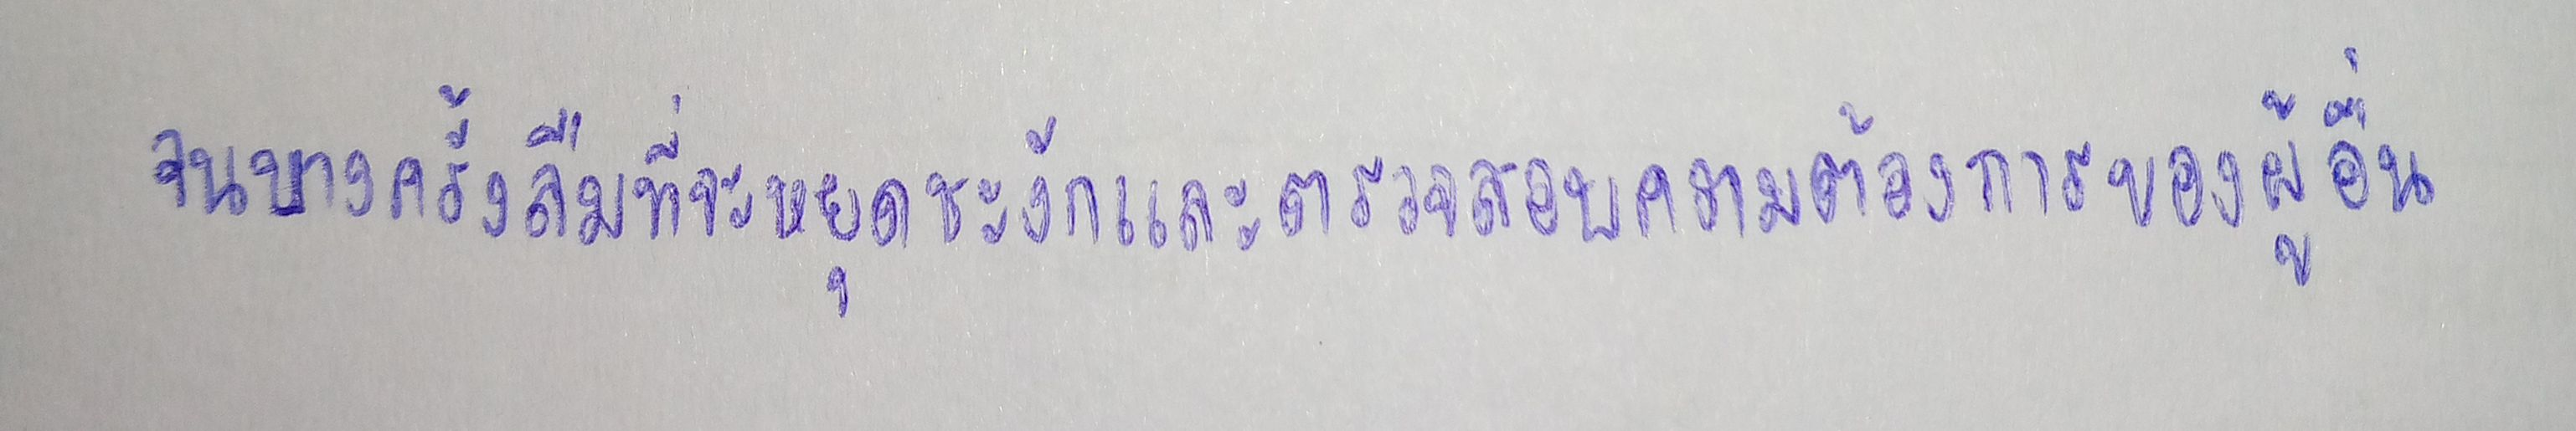
จนบางครั้งลืมที่จะหยุดชะงักและตรวจสอบความต้องการของผู้อื่น